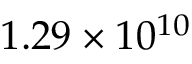
1 . 2 9 \times 1 0 ^ { 1 0 }